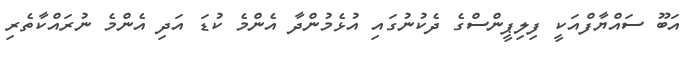
އަބޫ ސައްޔާފްއަކީ ފިލިޕީންސްގެ ދެކުނުގައި އުޅެމުންދާ އެންމެ ކުޑަ އަދި އެންމެ ނުރައްކާތެރި